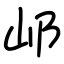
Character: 邖